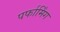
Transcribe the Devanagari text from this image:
पर्फार्मिंग